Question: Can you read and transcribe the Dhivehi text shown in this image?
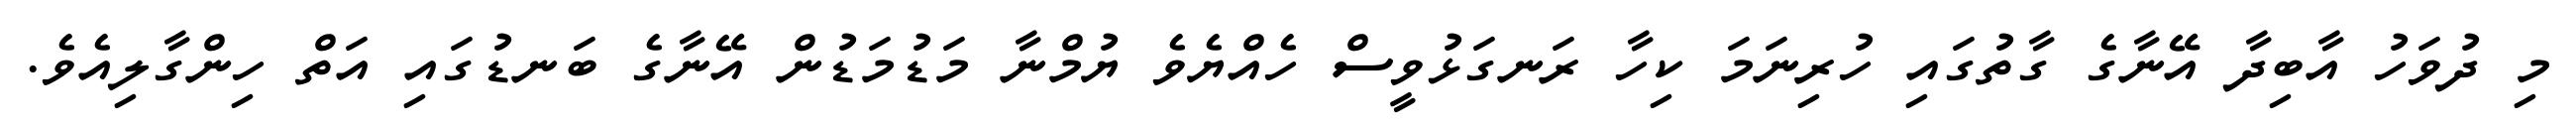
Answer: މި ދުވަހު އާބިދާ އޭނާގެ ގާތުގައި ހުރިނަމަ ކިހާ ރަނގަޅުވީސް ހެއްޔެވެ ޔުމްނާ މަޑުމަޑުން އޭނާގެ ބަނޑުގައި އަތް ހިންގާލިއެވެ.